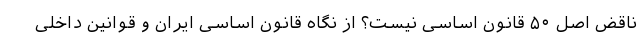
ناقض اصل ۵۰ قانون اساسی نیست؟ از نگاه قانون اساسی ایران و قوانین داخلی